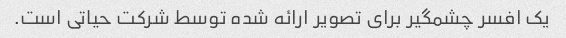
یک افسر چشمگیر برای تصویر ارائه شده توسط شرکت حیاتی است.